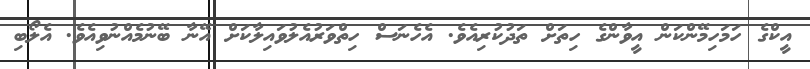
އީކްގެ ހަމަހިމޭންކަން އީވާންގެ ހިތަށް ތަދުކުރިއެވެ. އެހެނަސް ހިތްވަރުއެލުވައިލާކަށް އޭނާ ބޭނުމެއްނުވިއެވެ. އެލޯބި